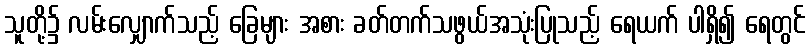
သူတို့၌ လမ်းလျှောက်သည့် ခြေများ အစား ခတ်တက်သဖွယ်အသုံးပြုသည့် ရေယက် ပါရှိ၍ ရေတွင်